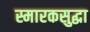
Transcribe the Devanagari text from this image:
स्मारकसुद्धा